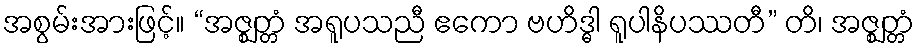
အစွမ်းအားဖြင့်။ “အဇ္ဈတ္တံ အရူပသညီ ဧကော ဗဟိဒ္ဓါ ရူပါနိပဿတီ” တိ၊ အဇ္ဈတ္တံ